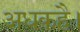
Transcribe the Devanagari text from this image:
अधकहै।